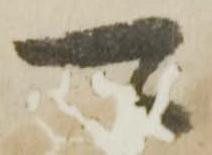
可